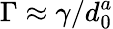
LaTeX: \Gamma\approx\gamma/d_{0}^{a}